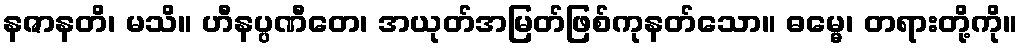
နဇာနတိ၊ မသိ။ ဟီနပ္ပဏီတေ၊ အယုတ်အမြတ်ဖြစ်ကုနတ်သော။ ဓမ္မေ၊ တရားတို့ကို။